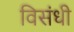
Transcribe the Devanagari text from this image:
विसंधी